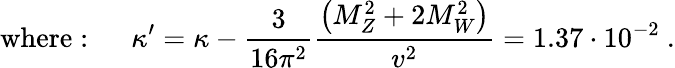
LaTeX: \mathrm{where:~}\quad\kappa^{\prime}=\kappa-\frac{3}{16\pi^{2}}\frac{\left(M_{Z}^{2}+2M_{W}^{2}\right)}{v^{2}}=1.37\cdot 10^{-2}\ .